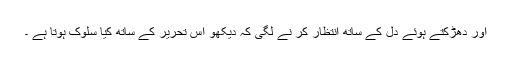
اور دھڑکتے ہوئے دل کے ساتھ انتظار کر نے لگی کہ دیکھو اس تحریر کے ساتھ کیا سلوک ہوتا ہے ۔